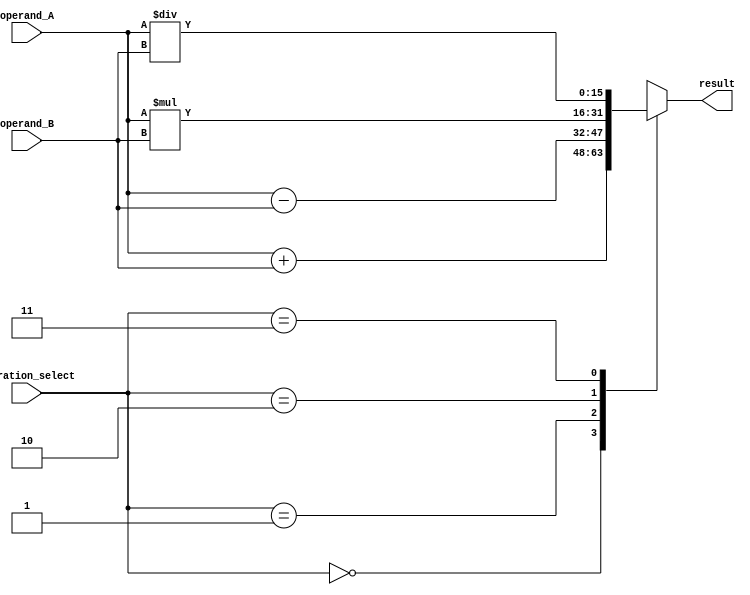
module ALU_16bit (
    input [15:0] operand_A,
    input [15:0] operand_B,
    input [1:0] operation_select,
    output reg [15:0] result
);

always @ (*) begin
    case (operation_select)
        2'b00: result = operand_A + operand_B; // addition
        2'b01: result = operand_A - operand_B; // subtraction
        2'b10: result = operand_A * operand_B; // multiplication
        2'b11: result = operand_A / operand_B; // division
        default: result = 16'b0; // default case
    endcase
end

endmodule